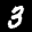
Label: 3